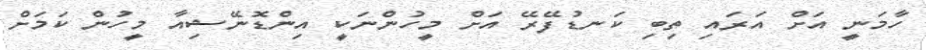
ހާމަނީ އަށް އަރައި ތިބި ކަނޑުފޭރޭ އަށް މީހުންނަކީ އިންޑޮނޭޝިއާ މީހުން ކަމަށް